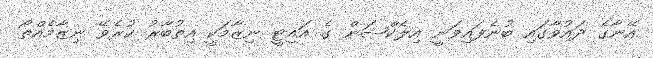
އޭނާގެ ދައުވާގައި ބުނެފައިވަނީ އިލެކްޝަން ގެ އައިޓީ ނިޒާމަކީ އިތުބާރު ކުރެވޭ ނިޒާމެއްތޯ